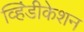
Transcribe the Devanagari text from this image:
व्हिंडीकेशन